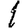
Digit: 1